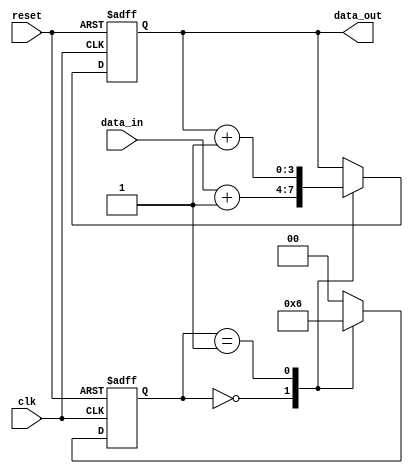
module behavioral_model (
    input wire clk,
    input wire reset,
    input wire [3:0] data_in,
    output reg [3:0] data_out
);

    // State variable
    reg [1:0] state;

    // Task to process data
    task process_data;
        input [3:0] in_data;
        begin
            // Simulate some processing with a delay
            #5; // Delay of 5 time units
            data_out <= in_data + 1; // Example operation: increment input
        end
    endtask

    // Continuous assignment block
    always @(posedge clk or posedge reset) begin
        if (reset) begin
            state <= 2'b00; // Reset state
            data_out <= 4'b0000; // Reset output
        end else begin
            case (state)
                2'b00: begin
                    // Transition to next state
                    state <= 2'b01;
                    process_data(data_in); // Call task to process data
                end
                2'b01: begin
                    // Transition to next state
                    state <= 2'b10;
                    process_data(data_out); // Call task with updated output
                end
                2'b10: begin
                    // Final state, can loop back or reset
                    state <= 2'b00; // Loop back to initial state
                end
                default: state <= 2'b00; // Default case
            endcase
        end
    end

endmodule